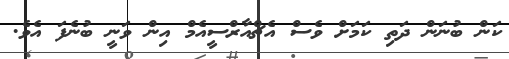
ކަން ބުނަން ދަތި ކަމަށް ވެސް އެޗްއާރްސީއެމް އިން ވަނީ ބުނެފަ އެވެ.